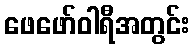
ဖေဖော်ဝါရီအတွင်း